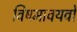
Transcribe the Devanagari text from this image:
विषमावयवो